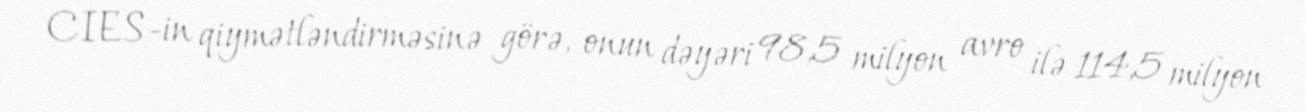
CIES-in qiymətləndirməsinə görə, onun dəyəri 98,5 milyon avro ilə 114,5 milyon